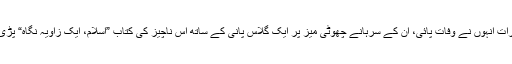
جس رات انہوں نے وفات پائی، ان کے سرہانے چھوٹی میز پر ایک گلاس پانی کے ساتھ اس ناچیز کی کتاب ”اسلام، ایک زاویہ نگاہ“ پڑی تھی۔